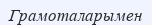
Грамоталарымен